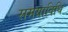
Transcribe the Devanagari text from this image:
समयाविधि